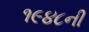
૧૯૪૮ની